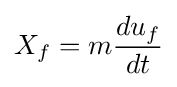
X_{f}=m{\frac {du_{f}}{dt}}